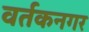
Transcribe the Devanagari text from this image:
वर्तकनगर